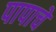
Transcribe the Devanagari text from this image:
पापाचे